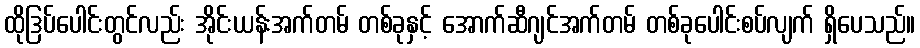
ထိုဒြပ်ပေါင်းတွင်လည်း အိုင်းယန်းအက်တမ် တစ်ခုနှင့် အောက်ဆီဂျင်အက်တမ် တစ်ခုပေါင်းစပ်လျက် ရှိပေသည်။